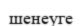
шенеуге